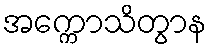
အက္ကောသိတွာန